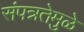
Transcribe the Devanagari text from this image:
संपन्नतेमुळे